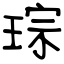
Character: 琮